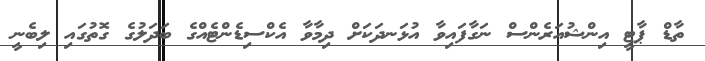
ތާޑް ޕާޓީ އިންޝުއަރެންސް ނަގާފައިވާ އުޅަނދަކަށް ދިމާވާ އެކްސިޑެންޓެއްގެ ބަދަލުގެ ގޮތުގައި ލިބެނީ